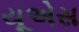
યૂએસ